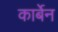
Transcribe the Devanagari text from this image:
कार्बेन